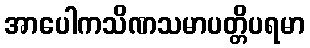
အာပေါကသိဏသမာပတ္တိပရမာ